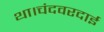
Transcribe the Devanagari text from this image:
था।चंदवरदाई